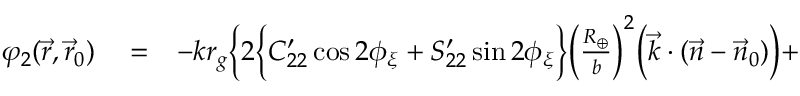
\begin{array} { r l r } { \varphi _ { 2 } ( \vec { r } , \vec { r } _ { 0 } ) } & { { } = } & { - k r _ { g } \bigg \{ 2 \Big \{ C _ { 2 2 } ^ { \prime } \cos 2 \phi _ { \xi } + S _ { 2 2 } ^ { \prime } \sin 2 \phi _ { \xi } \Big \} \Big ( \frac { R _ { \oplus } } { b } \Big ) ^ { 2 } \Big ( { \vec { k } } \cdot ( { \vec { n } } - { \vec { n } } _ { 0 } ) \Big ) + } \end{array}